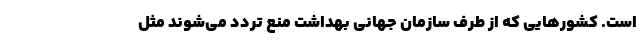
است. کشور‌هایی که از طرف سازمان جهانی بهداشت منع تردد می‌شوند مثل